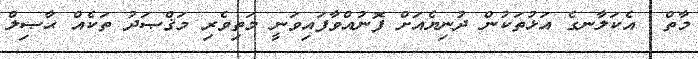
މާތް  އެކަލާނގެ އަޅުތަކުން ދުނިޔެއަށް ފޮނުއްވާފައިވަނީ މަތިވެރި މަޤްޞަދު ތަކެއް ޙާޞިލް